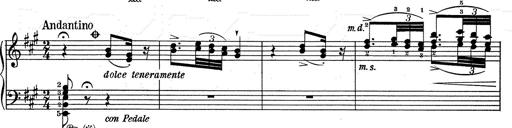
Title: RÃ©miniscences de Don Juan
Composer: Franz Liszt